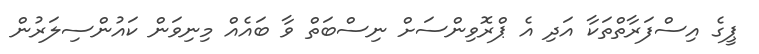
ޕީގެ އިސްފަރާތްތަކާ އަދި އެ ޕްރޮވިންސަށް ނިސްބަތް ވާ ބައެއް މިނިވަން ކައުންސިލަރުން